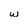
Character: w